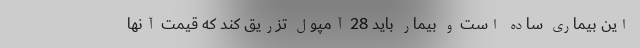
این بیماری ساده است و بیمار باید 28 آمپول تزریق کند که قیمت آنها